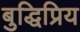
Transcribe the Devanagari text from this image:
बुद्धिप्रिय